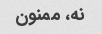
نه، ممنون